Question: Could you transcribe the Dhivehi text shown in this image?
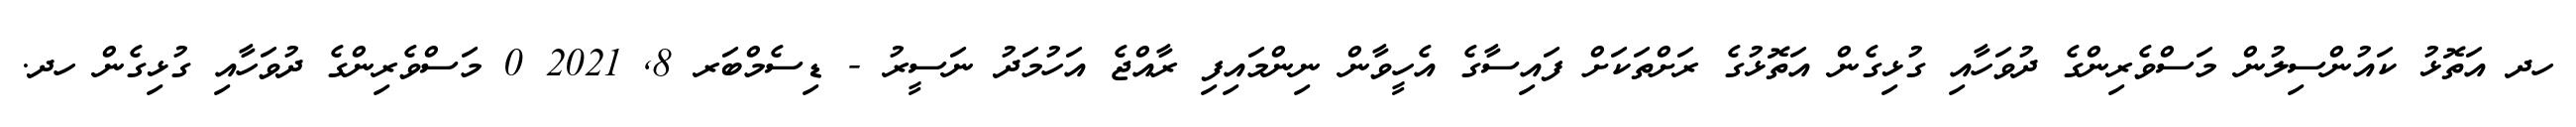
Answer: ހދ އަތޮޅު ކައުންސިލުން މަސްވެރިންގެ ދުވަހާއި ގުޅިގެން އަތޮޅުގެ ރަށްތަކަށް ފައިސާގެ އެހީވާން ނިންމައިފި ރާއްޖެ އަހުމަދު ނަސީރު - ޑިސެމްބަރ 8, 2021 0 މަސްވެރިންގެ ދުވަހާއި ގުޅިގެން ހދ.